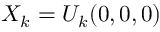
X _ { k } = U _ { k } ( 0 , 0 , 0 )